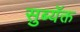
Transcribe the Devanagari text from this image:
सुब्यॅक्त